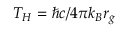
T _ { H } = \hbar c / 4 \pi k _ { B } r _ { g }